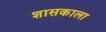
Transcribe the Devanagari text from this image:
शासकाला